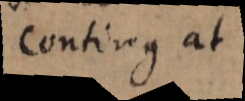
conti _ que at